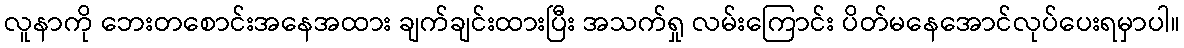
လူနာကို ဘေးတစောင်းအနေအထား ချက်ချင်းထားပြီး အသက်ရှု လမ်းကြောင်း ပိတ်မနေအောင်လုပ်ပေးရမှာပါ။